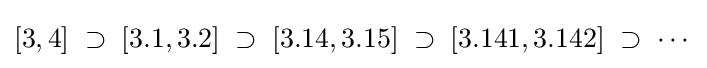
[3,4]\;\supset \;[3.1,3.2]\;\supset \;[3.14,3.15]\;\supset \;[3.141,3.142]\;\supset \;\cdots